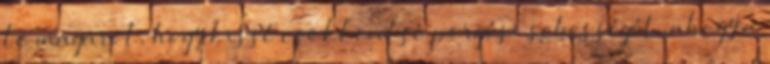
le magáról, hogy kissé csökkentse pörgési sebességét, ahogy a